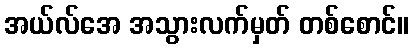
အယ်လ်အေ အသွားလက်မှတ် တစ်စောင်။